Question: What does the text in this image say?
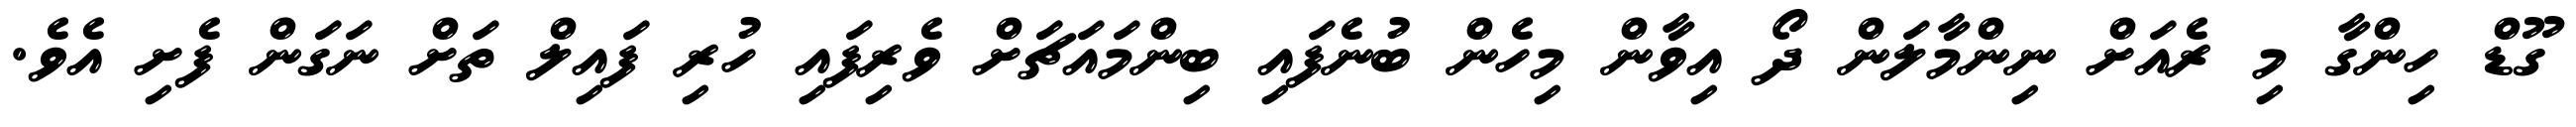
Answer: ގޫޑް ހިންގާ މި ރެއަށް ނިންމާލަން ދޯ އިވާން މިހެން ބުނެފައި ބިންމައަޗަށް ވެރިފައި ހުރި ފައިލް ތަށް ނަގަން ފެށި އެވެ.